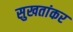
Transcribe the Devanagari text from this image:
सुखतांकर